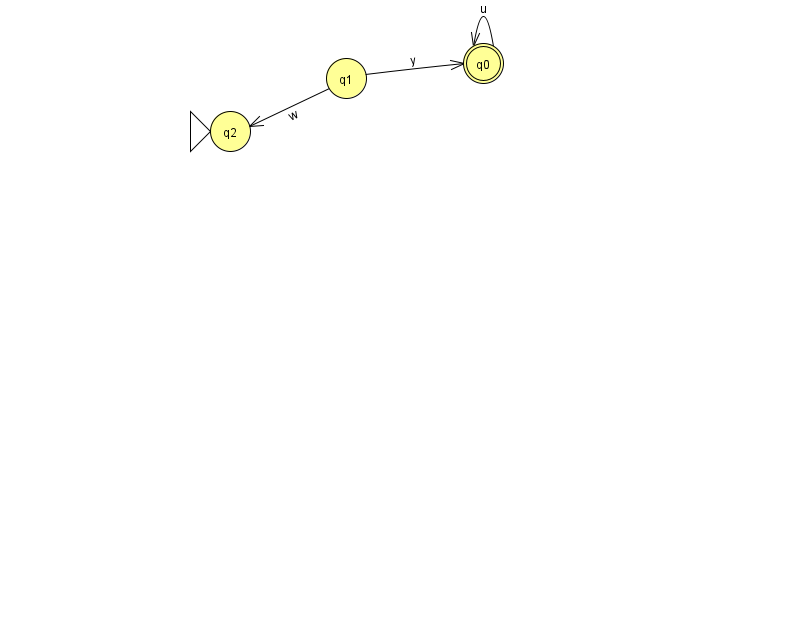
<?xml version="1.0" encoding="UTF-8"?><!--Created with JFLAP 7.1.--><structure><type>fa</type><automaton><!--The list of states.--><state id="0" name="q0"><x>483.0</x><y>50.0</y><final/></state><state id="1" name="q1"><x>346.0</x><y>65.0</y></state><state id="2" name="q2"><x>230.0</x><y>118.0</y><initial/></state><!--The list of transitions.--><transition><from>0</from><to>0</to><read>u</read></transition><transition><from>1</from><to>2</to><read>w</read></transition><transition><from>1</from><to>0</to><read>y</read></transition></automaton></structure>